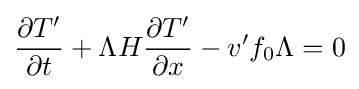
{\partial T' \over \partial t}+\Lambda H{\partial T' \over \partial x}-v'f_{0}\Lambda =0